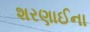
શરણાઈના